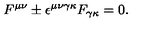
F ^ { \mu \nu } \pm \epsilon ^ { \mu \nu \gamma \kappa } F _ { \gamma \kappa } = 0 .